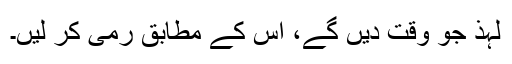
لہذ جو وقت دیں گے، اس کے مطابق رمی کر لیں۔